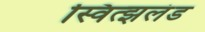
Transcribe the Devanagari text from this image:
स्वित्झलंड